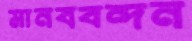
মানববন্দন